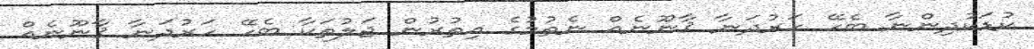
ކުޑަކުދިންނާ ބެހޭ ހަރުދަނާ ޤާނޫނެއް ނެތުމުގެ އިތުރުން ޖަލުތަކާ ބެހޭ ހަރުދަނާ ޤާނޫނެއް